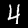
Digit: 4